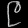
Digit: ၉